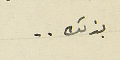
بذلك..